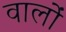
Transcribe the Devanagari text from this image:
वालांे